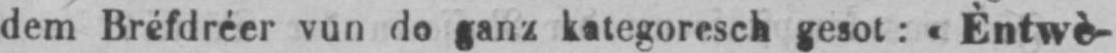
dem Bréfdréer vun do ganz kategoresch gesot: «Èntwè-